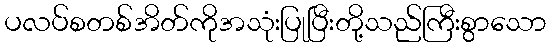
ပလပ်စတစ်အိတ်ကိုအသုံးပြုပြီးတို့သည်ကြီးစွာသော